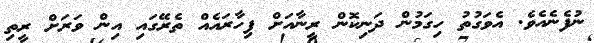
ނުފެނެއެވެ. އެވަގުތު ހިގަމުން ދަނިކޮން ރީނާއަށް ފިހާރައެއް ތެރޭގައި އިން ވަރަށް ރީތި